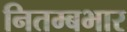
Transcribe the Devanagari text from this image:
नितम्बभार